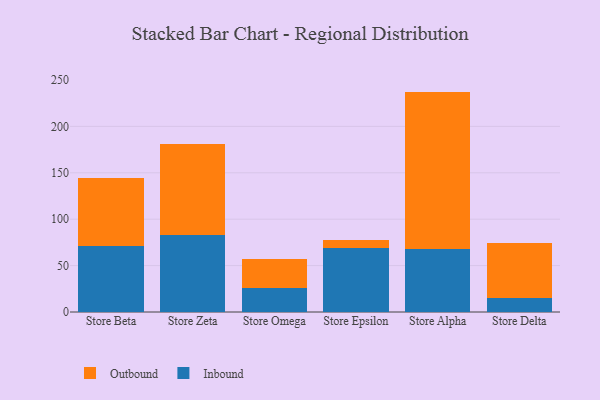
{"axis": {"x": "Store", "y": "LTV (USD)"}, "legend": ["Inbound", "Outbound"], "data": [{"x": "Store Beta", "y": 70.9, "type": "Inbound"}, {"x": "Store Beta", "y": 73.9, "type": "Outbound"}, {"x": "Store Zeta", "y": 82.5, "type": "Inbound"}, {"x": "Store Zeta", "y": 98.7, "type": "Outbound"}, {"x": "Store Omega", "y": 25.4, "type": "Inbound"}, {"x": "Store Omega", "y": 31.3, "type": "Outbound"}, {"x": "Store Epsilon", "y": 68.7, "type": "Inbound"}, {"x": "Store Epsilon", "y": 9.0, "type": "Outbound"}, {"x": "Store Alpha", "y": 68.1, "type": "Inbound"}, {"x": "Store Alpha", "y": 169.4, "type": "Outbound"}, {"x": "Store Delta", "y": 14.7, "type": "Inbound"}, {"x": "Store Delta", "y": 59.4, "type": "Outbound"}]}